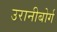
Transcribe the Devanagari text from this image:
उरानीबोर्ग